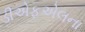
ડીએફએલના